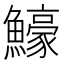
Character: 𬵵